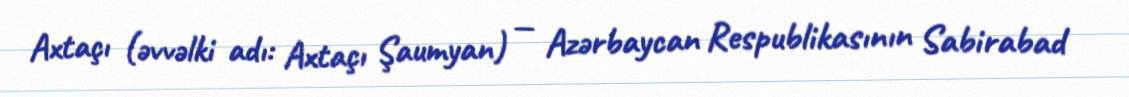
Axtaçı (əvvəlki adı: Axtaçı Şaumyan) — Azərbaycan Respublikasının Sabirabad